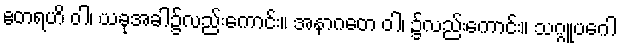
ဧတရဟိ ဝါ၊ ယခုအခါ၌လည်းကောင်း။ အနာဂတေ ဝါ၊ ၌လည်းကောင်း။ သဂ္ဂူပဂေါ